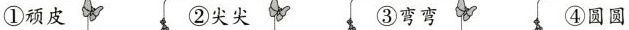
①顽皮 ②尖尖 3弯弯 ④圆圆